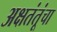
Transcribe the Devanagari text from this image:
अक्षतंतूंचा